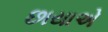
છાયાએ